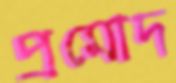
প্রমোদ